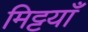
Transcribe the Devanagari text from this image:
मिट्टयाँ